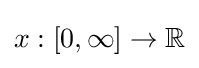
x:[0,\infty ]\to \mathbb {R}